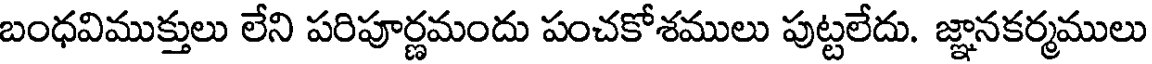
బంధవిముక్తులు లేని పరిపూర్ణమందు పంచకోశములు పుట్టలేదు. జ్ఞానకర్మములు